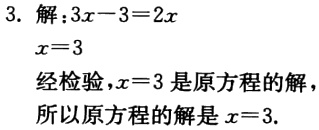
```

3. 解：\(3x - 3 = 2x\)

\(x = 3\)

经检验，\(x = 3\)是原方程的解，

所以原方程的解是\(x = 3\).

```